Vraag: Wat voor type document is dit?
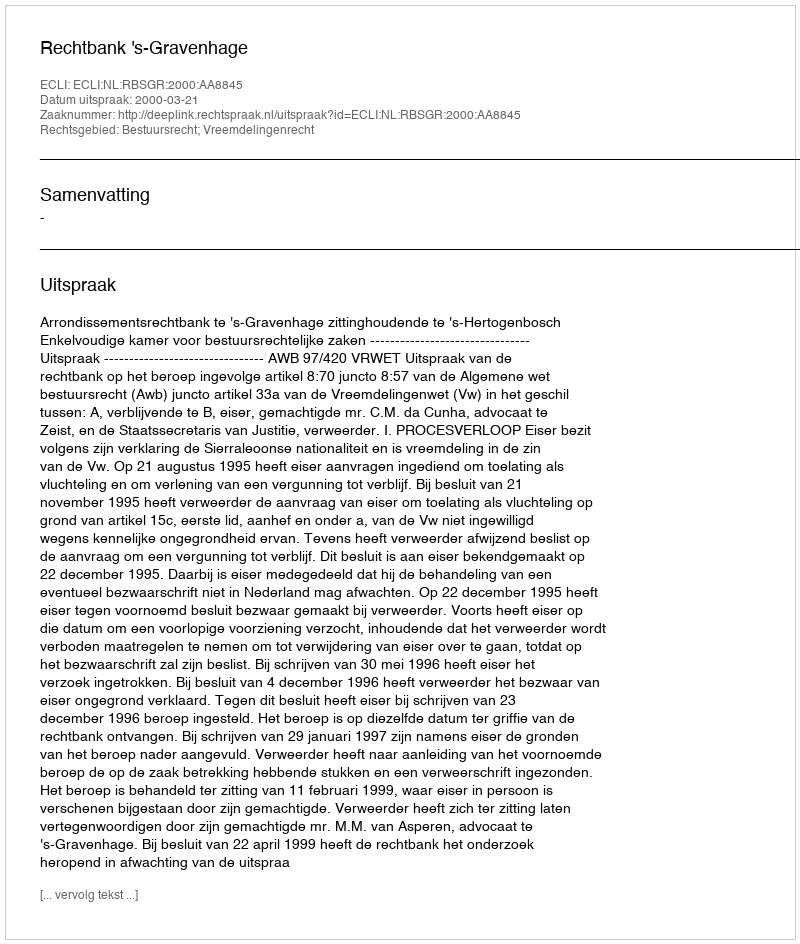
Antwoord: Uitspraak